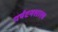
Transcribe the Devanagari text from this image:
पर्यटनशास्त्र